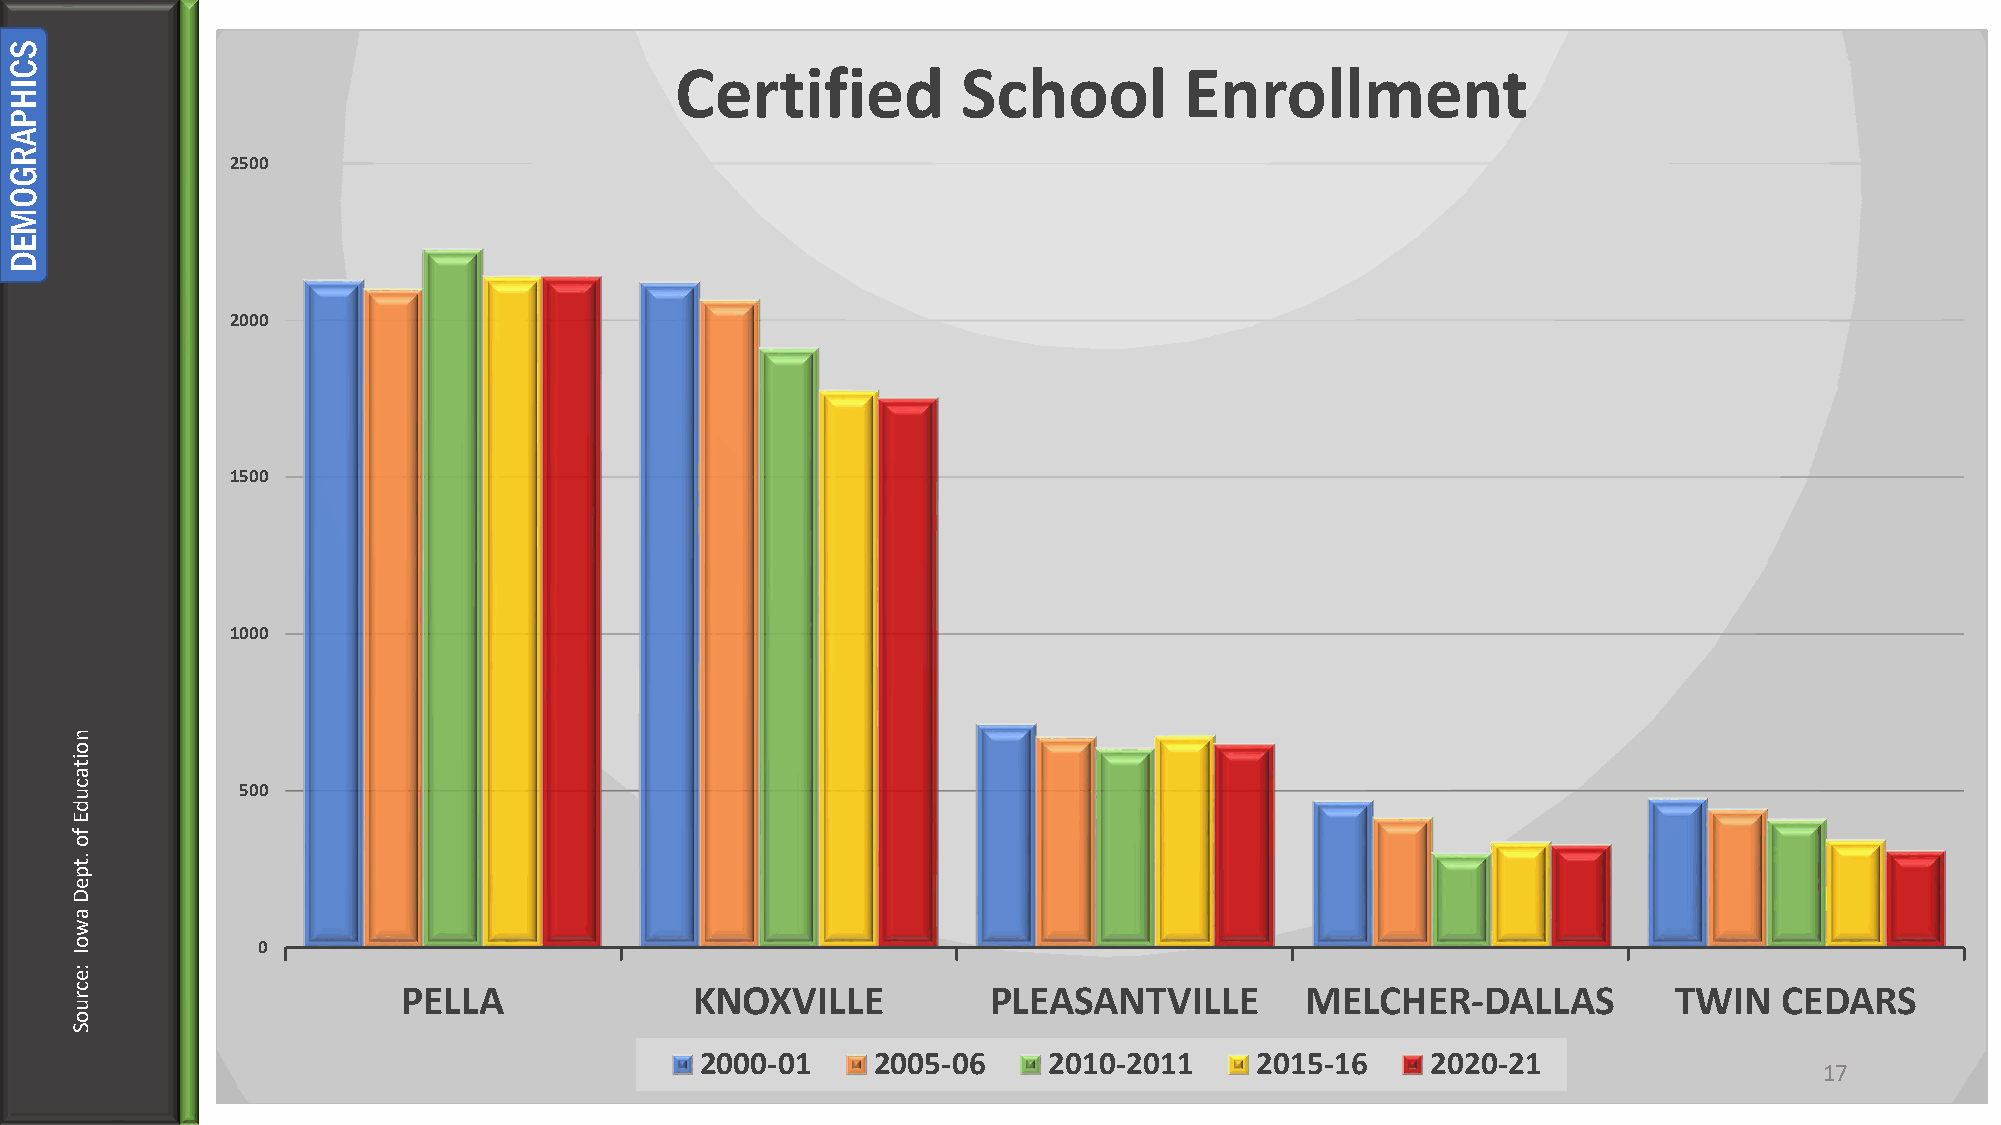
Certified          School        Enrollment
 2500
 2000
 1500
 1000
 500
 0
 PELLA              KNOXVILLE           PLEASANTVILLE       MELCHER-DALLAS           TWIN   CEDARS
 2000-01     2005-06    2010-2011     2015-16     2020-21
 17
 SCIHPARGOMED
 noitacudE
 fo
 .tpeD
 awoI
 :ecruoS